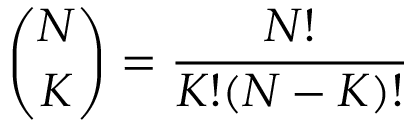
\binom { N } { K } = \frac { N ! } { K ! ( N - K ) ! }